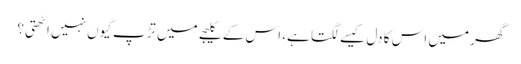
گھر میں اس کا دل کیسے لگتا ہے، اس کے کلیجے میں تڑپ کیوں نہیں اٹھتی؟